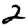
Digit: 2